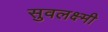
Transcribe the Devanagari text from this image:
सुवलक्ष्मी